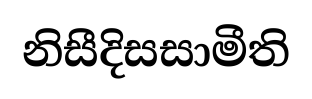
නිසීදිසසාමීති